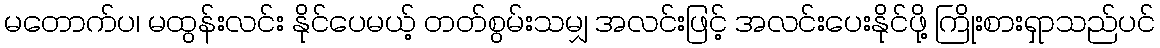
မတောက်ပ၊ မထွန်းလင်း နိုင်ပေမယ့် တတ်စွမ်းသမျှ အလင်းဖြင့် အလင်းပေးနိုင်ဖို့ ကြိုးစားရှာသည်ပင်